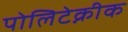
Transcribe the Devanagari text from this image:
पोलिटेक्नीक